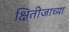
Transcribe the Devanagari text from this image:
क्षितीजाच्या